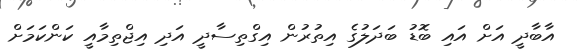
އާބާދީ އަށް އައި ބޮޑު ބަދަލުގެ އިތުރުން އިގްތިސާދީ އަދި އިޖްތިމާއީ ކަންކަމަށް